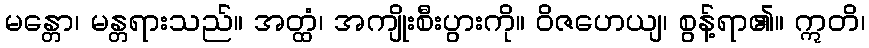
မန္တော၊ မန္တရားသည်။ အတ္ထံ၊ အကျိုးစီးပွားကို။ ဝိဇဟေယျ၊ စွန့်ရာ၏။ ဣတိ၊